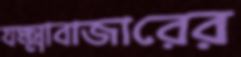
যক্ষ্মাবাজারের